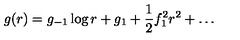
g ( r ) = g _ { - 1 } \log r + g _ { 1 } + \frac { 1 } { 2 } f _ { 1 } ^ { 2 } r ^ { 2 } + \ldots